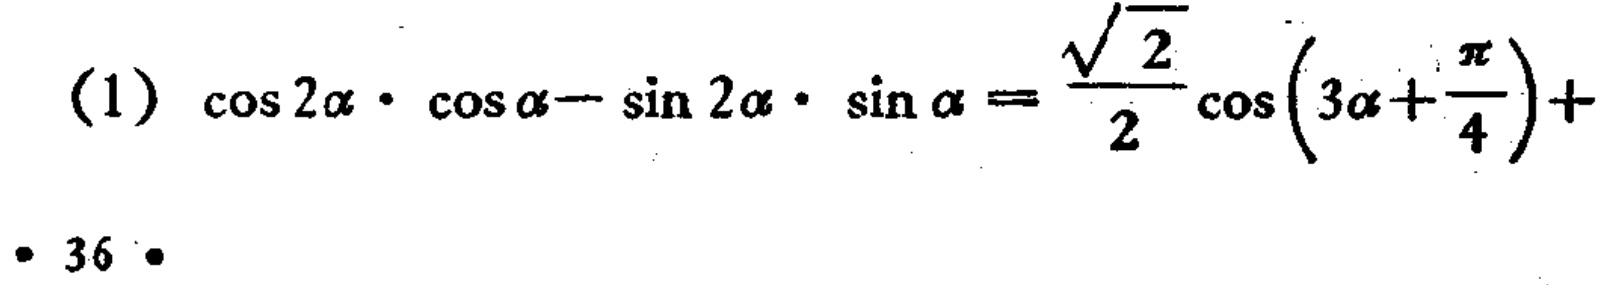
(1) \(\cos 2\alpha\cdot\cos\alpha - \sin 2\alpha\cdot\sin\alpha=\frac{\sqrt{2}}{2}\cos\left(3\alpha+\frac{\pi}{4}\right)+\)
• 36 •